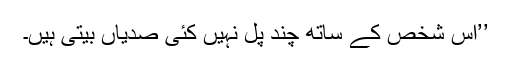
’’اس شخص کے ساتھ چند پل نہیں کئی صدیاں بیتی ہیں۔